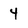
Character: 4